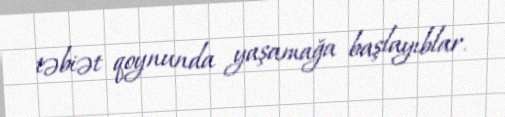
təbiət qoynunda yaşamağa başlayıblar.